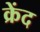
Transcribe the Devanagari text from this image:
क्रेंद